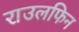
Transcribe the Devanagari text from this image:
राउलफिन